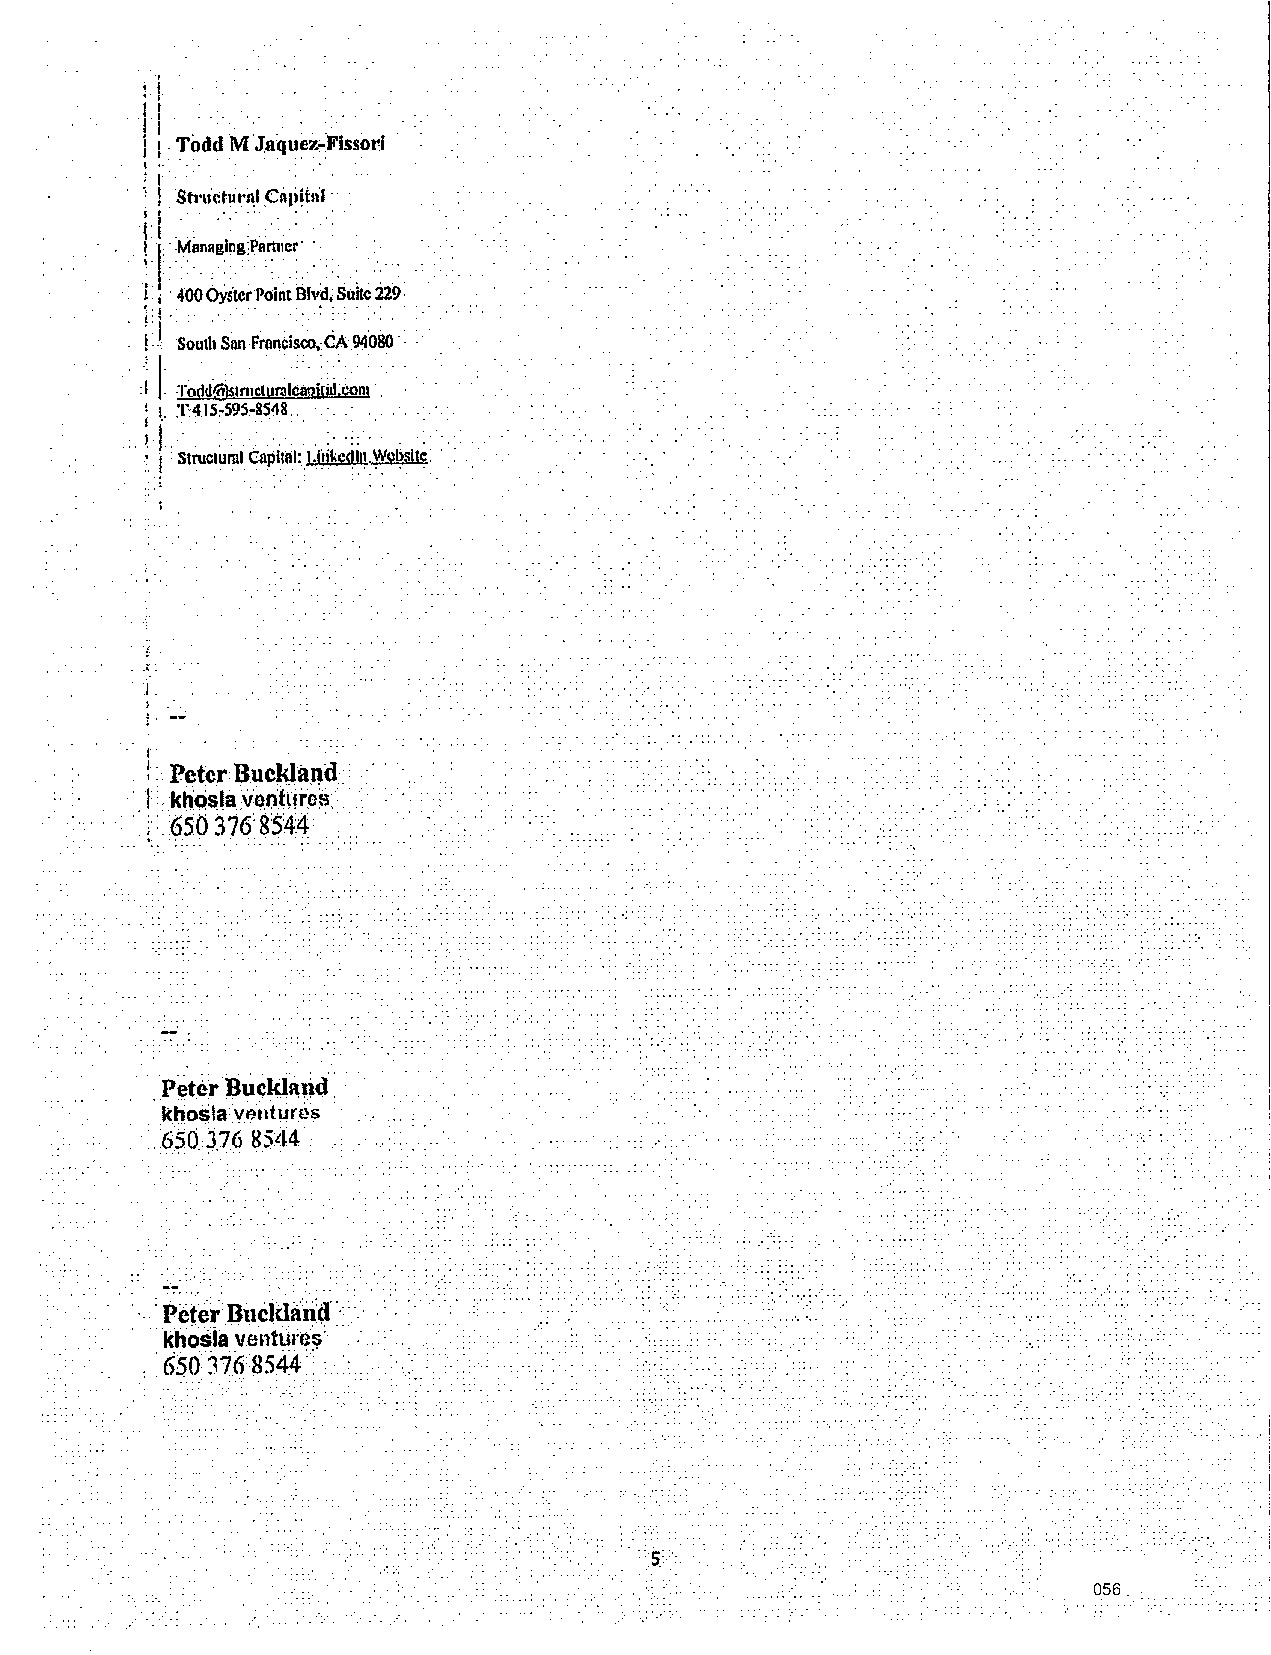
d
 . TI lI· · ...... : . ·: .. .
 i I: !odd M ·Jaque~;Fissor:i
 '
 ~.
 ; 1··
 ; J . ·stru·ctur~I _CnJ>~btl ·
 !LI ltj .. ·:. . . <. .
 M•••glng
 Parmer
 l . i · 400 OysierPoint Bfvd~ Suite 229 .
 '·1 .      . .
 !:
 i .
 South Snn-Frn~c~s~,:CA 94080 ·:
 . :i I: Todd@stmclurnlcaphai:~nt.:
 ; !-· T:~.IS:-595:-8~4_8.. . ...
 ·. i.-1 .. · . . . . . .. . .
 •,. i :S t~uclu~I CapitalU .. t~~kc~Jn. ~c~slt~: .
 ·•           ., . . .
 :
 . .I.
 1 ·         .•..
 I :. Peter: Buckland •
 ve.ofore~: :: · · ·
 1· :: . kb~$,~
 •. i:·.:(550 376854.4· ·:·
 '' ... ....
 ... . . . ,. ···.· ... . .,
 P~te:r BucW.~tid
 . kbosla veuhires ..
 ·: . .650.3.76 8$44 .
 ... , .... . . ........... ....... '. ' ..
 :P eter· Bucida11a:·-: ·: .-. ., ... .,. ...... .' . . '. .'.... .,• . .·,· ....· .·.
 :· k:ho~ia ve:nt41;~~:· ... ·
 :6 so:J1fr:s54.4:: :. : : : . . :. :
 056